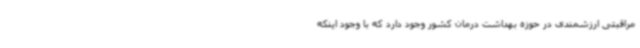
مراقبتی ارزشمندی در حوزه بهداشت درمان کشور وجود دارد که با وجود اینکه